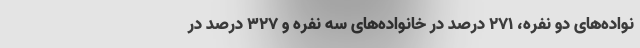
نواده‌های دو نفره، ۲۷۱ درصد در خانواده‌های سه نفره و ۳۲۷ درصد در